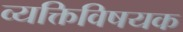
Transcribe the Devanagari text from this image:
व्यक्तिविषयक